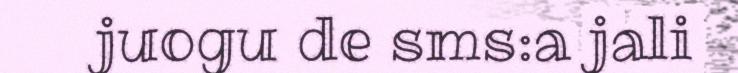
juogu de sms:a jali